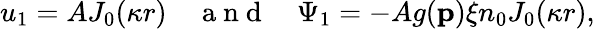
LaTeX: u_{1}=AJ_{0}(\kappa r)\quad\mathrm{~a~n~d~}\quad\Psi_{1}=-Ag(\mathbf{p})\xi n_{0}J_{0}(\kappa r),